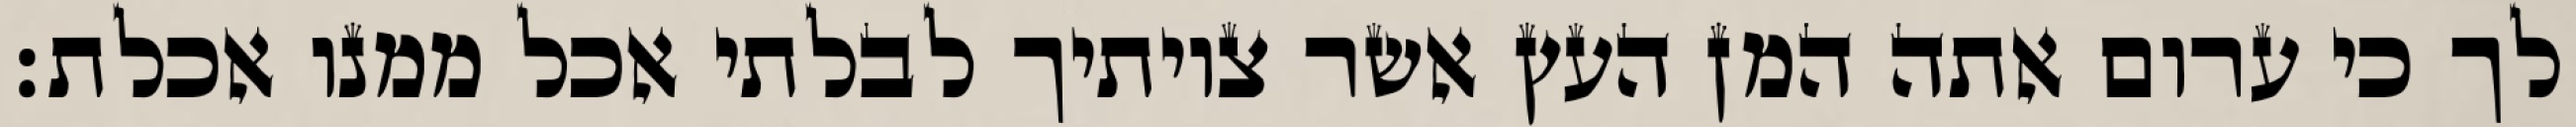
לך כי ערום אתה המן העץ אשר צויתיך לבלתי אכל ממנו אכלת׃